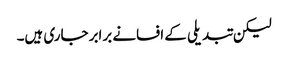
لیکن تبدیلی کے افسانے برابر جاری ہیں۔